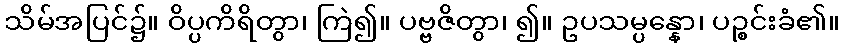
သိမ်အပြင်၌။ ဝိပ္ပကိရိတွာ၊ ကြဲ၍။ ပဗ္ဗဇိတွာ၊ ၍။ ဥပသမ္ပန္နော၊ ပဉ္စင်းခံ၏။